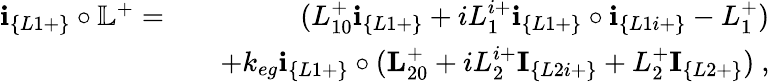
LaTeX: \begin{array}{rlr}{\textbf{i}_{\{ L1+\} }\circ\mathbb{L}^{+}=}&{}&{(L_{10}^{+}\textbf{i}_{\{ L1+\} }+iL_{1}^{i+}\textbf{i}_{\{ L1+\} }\circ\textbf{i}_{\{ L1i+\} }-L_{1}^{+})}\\ &{}&{+k_{eg}\textbf{i}_{\{ L1+\} }\circ(\textbf{L}_{20}^{+}+iL_{2}^{i+}\textbf{I}_{\{ L2i+\} }+L_{2}^{+}\textbf{I}_{\{ L2+\} })~,}\end{array}